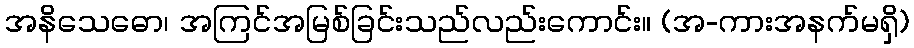
အနိသေဓော၊ အကြင်အမြစ်ခြင်းသည်လည်းကောင်း။ (အ-ကားအနက်မရှိ)